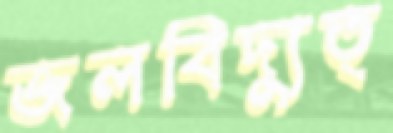
জলবিদ্যুত্